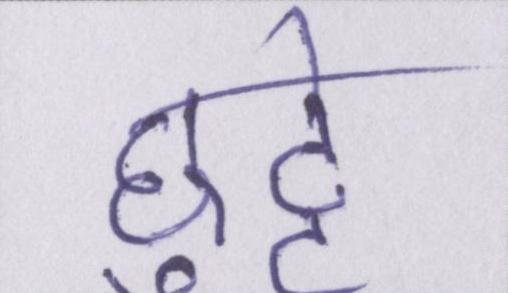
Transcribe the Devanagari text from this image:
छुट्टे